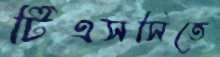
টিএসসিতে